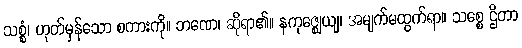
သစ္စံ၊ ဟုတ်မှန်သော စကားကို။ ဘဏေ၊ ဆိုရာ၏။ နကုဇ္ဈေယျ၊ အမျက်မထွက်ရာ။ သစ္စေ ဌိတာ